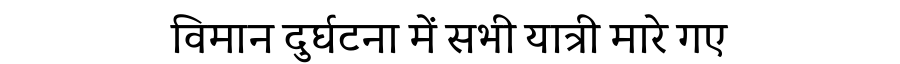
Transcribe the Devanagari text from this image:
विमान दुर्घटना में सभी यात्री मारे गए